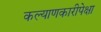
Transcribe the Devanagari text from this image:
कल्याणकारीपेक्षा